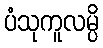
ပံသုကူလမ္ပိ